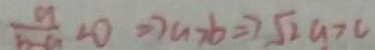
\frac { a } { b - a } < 0 \Rightarrow a > b \Rightarrow \sqrt { 2 } a > c